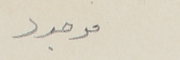
موجود